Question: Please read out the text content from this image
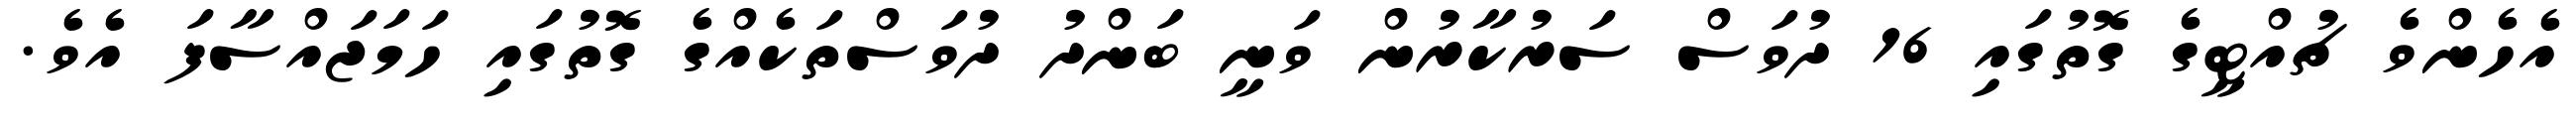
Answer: އެހެންވެ ޗުއްޓީގެ ގޮތުގައި 16 ދުވަސް ސަރުކާރުން ވަނީ ބަންދު ދުވަސްތަކެއްގެ ގޮތުގައި ހަމަޖައްސާފަ އެވެ.